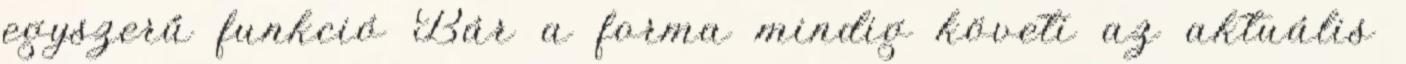
egyszerű funkció Bár a forma mindig követi az aktuális